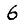
Digit: 6